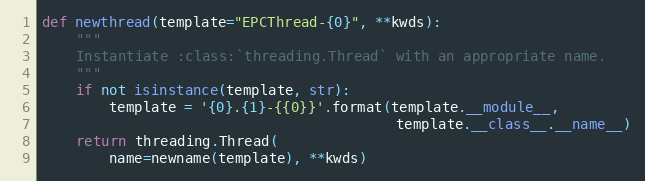
Language: Python
def newthread(template="EPCThread-{0}", **kwds):
    """
    Instantiate :class:`threading.Thread` with an appropriate name.
    """
    if not isinstance(template, str):
        template = '{0}.{1}-{{0}}'.format(template.__module__,
                                          template.__class__.__name__)
    return threading.Thread(
        name=newname(template), **kwds)